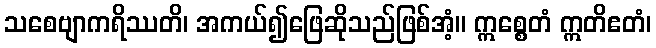
သစေဗျာကရိဿတိ၊ အကယ်၍ဖြေဆိုသည်ဖြစ်အံ့။ ဣစ္စေတံ ဣတိဧတံ၊